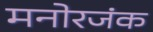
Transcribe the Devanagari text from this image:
मनोरजंक